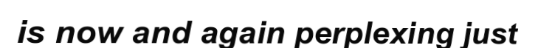
is now and again perplexing just